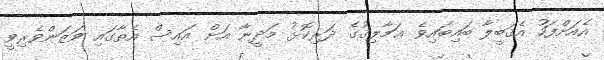
އެއަށްފަހު އެޤަބީލާ ބައިބައިވެ ޢަމާލިޤުގެ ދަރިކޮޅު މަދީނާ އަށް އައިސް އެތާގައި ވަޒަންވެރިވީ